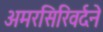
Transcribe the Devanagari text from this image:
अमरसिरिवर्दने